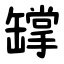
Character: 罉